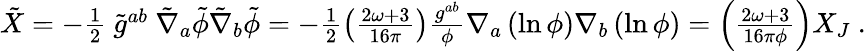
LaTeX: \begin{array}{r}{\tilde{X}=-\frac{1}{2}~\tilde{g}^{ab}~\tilde{\nabla}_{a}\tilde{\phi}\tilde{\nabla}_{b}\tilde{\phi}=-\frac{1}{2}\left(\frac{2\omega+3}{16\pi}\right)\frac{g^{ab}}{\phi}\nabla_{a}\left(\ln{\phi}\right)\nabla_{b}\left(\ln{\phi}\right)=\left(\frac{2\omega+3}{16\pi\phi}\right)X_{J}~.}\end{array}